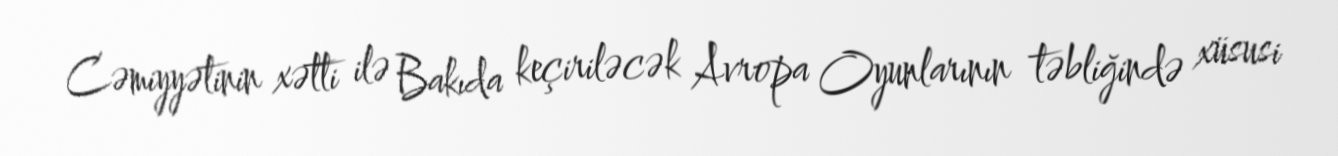
Cəmiyyətinin xətti ilə Bakıda keçiriləcək Avropa Oyunlarının təbliğində xüsusi